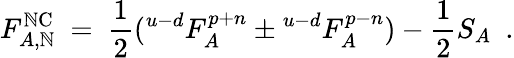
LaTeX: F_{A,\mathbb{N}}^{\mathrm{{\mathbb{N}C}}}\ =\ {\frac{{1}}{{2}}}({}^{u-d}F_{A}^{p+n}\pm{}^{u-d}F_{A}^{p-n})-{\frac{{1}}{{2}}}S_{A}~~.